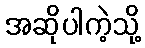
အဆိုပါကဲ့သို့